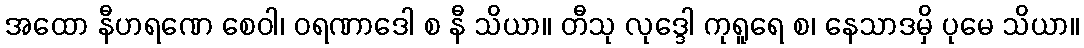
အထော နီဟရဏေ စေဝါ၊ ဝရဏာဒေါ စ နီ သိယာ။ တီသု လုဒ္ဒေါ ကုရူရေ စ၊ နေသာဒမှိ ပုမေ သိယာ။